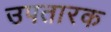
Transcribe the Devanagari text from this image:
उपतारक